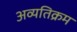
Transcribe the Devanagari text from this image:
अव्यतिक्रम